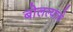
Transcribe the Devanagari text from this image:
बोलल्याचे